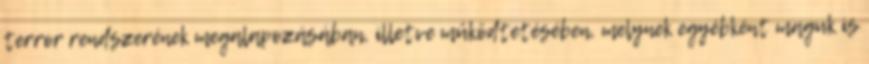
terror rendszerének megalapozásában, illetve működtetésében, melynek egyébként maguk is